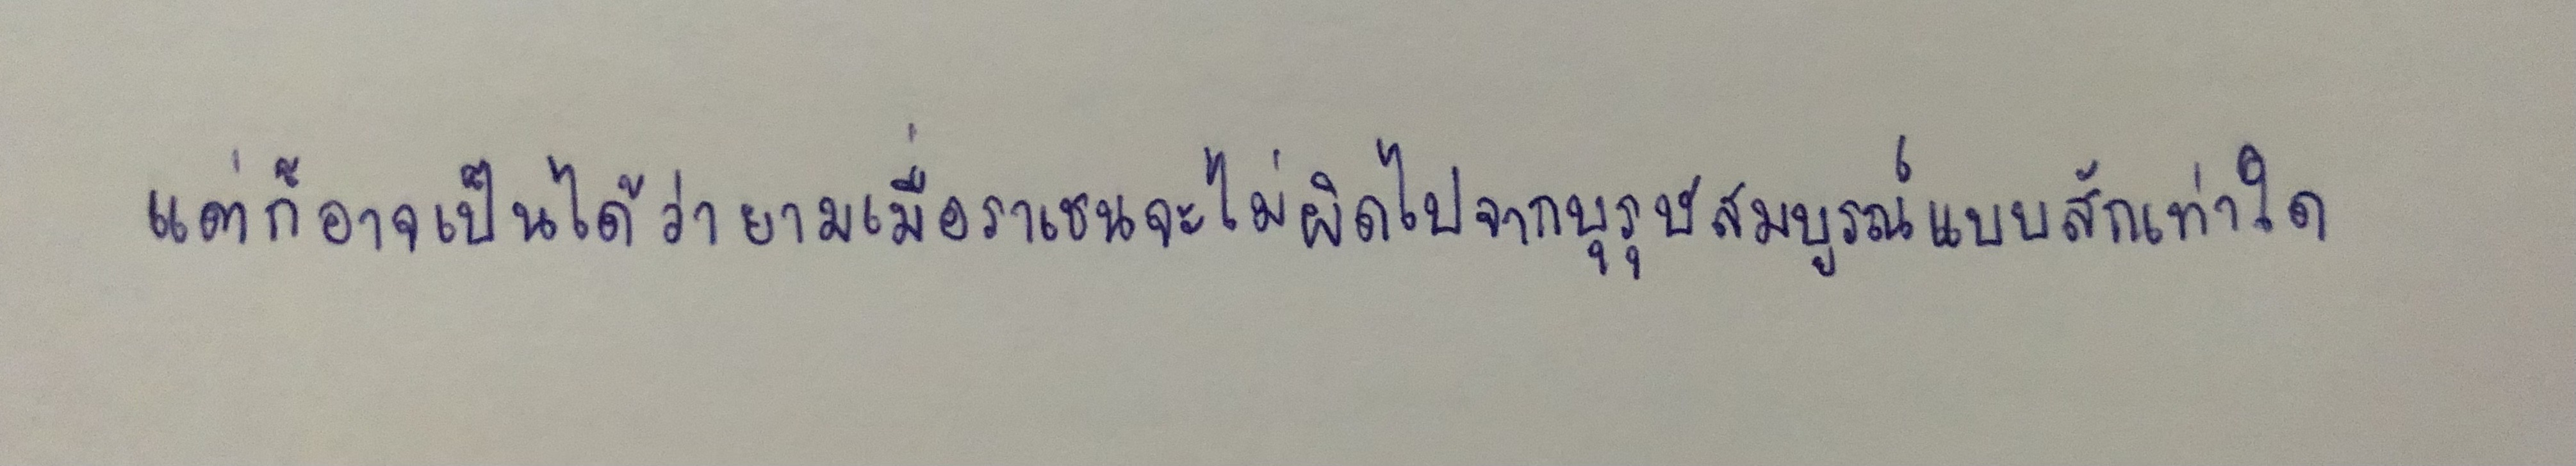
แต่ก็อาจเป็นได้ว่ายามเมื่อราเชนจะไม่ผิดไปจากบุรุษสมบูรณ์แบบสักเท่าใด